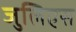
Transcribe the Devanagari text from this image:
जुलिएस